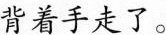
背着手走了。